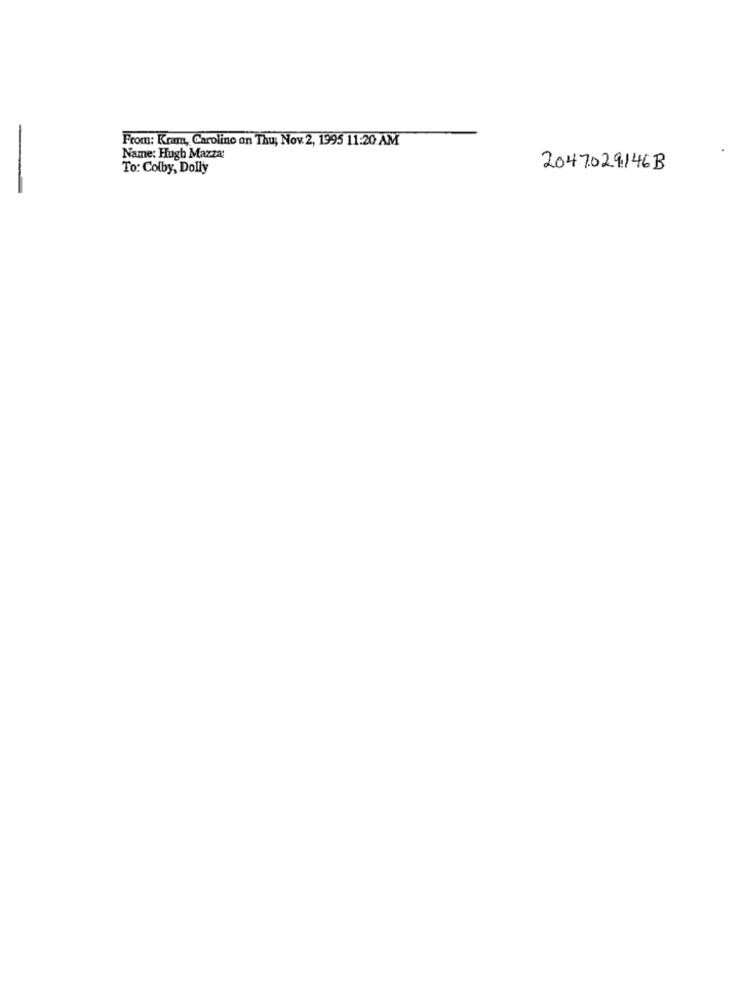
From: Kram, Caroline on Thu, Nov. 2, 1995 11:20 AM
-
Name: Hugh Mazza:
To: Colby, Dolly
2047029146B